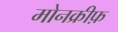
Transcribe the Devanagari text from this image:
मोनक्रीफ़